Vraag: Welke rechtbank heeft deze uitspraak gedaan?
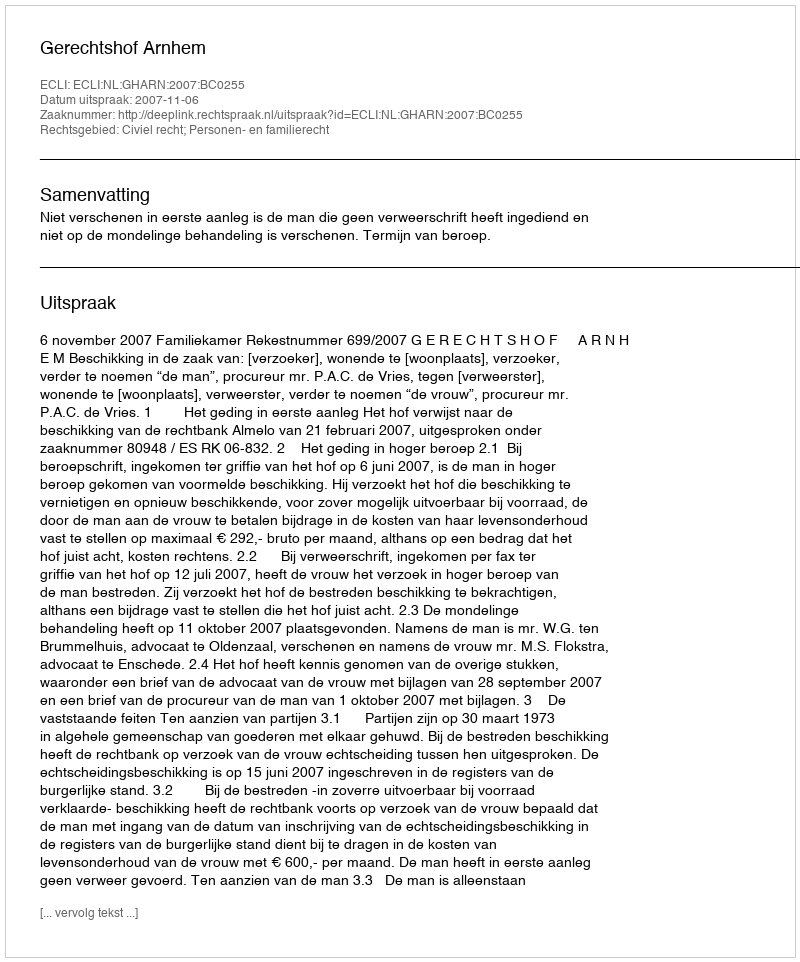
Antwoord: Gerechtshof Arnhem